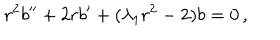
LaTeX: r ^ { 2 } b ^ { \prime \prime } + 2 r b ^ { \prime } + ( \lambda _ { 1 } r ^ { 2 } - 2 ) b = 0 \, ,